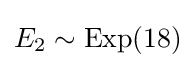
E_{2}\sim {\text{Exp}}(18)